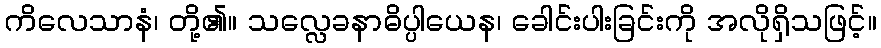
ကိလေသာနံ၊ တို့၏။ သလ္လေခနာဓိပ္ပါယေန၊ ခေါင်းပါးခြင်းကို အလိုရှိသဖြင့်။